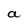
Character: a